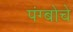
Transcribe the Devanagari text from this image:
पंग्बोचे